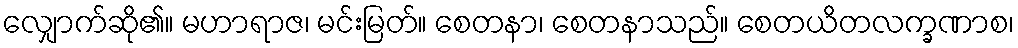
လျှောက်ဆို၏။ မဟာရာဇ၊ မင်းမြတ်။ စေတနာ၊ စေတနာသည်။ စေတယိတလက္ခဏာစ၊